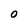
Character: 0